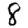
Digit: 8